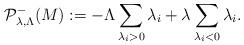
LaTeX: \begin{align*}\mathcal{P}^-_{\lambda,\Lambda}(M):=-\Lambda\sum_{\lambda_i>0}\lambda_i+\lambda\sum_{\lambda_i<0}\lambda_i.\end{align*}